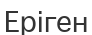
Еріген